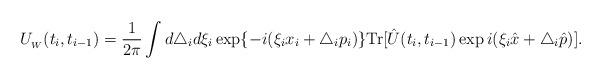
LaTeX: \begin{align*} U_{_W}(t_i,t_{i-1}) = \frac{1}{2\pi }\int d\triangle _i d\xi _i\exp\{-i(\xi _i x_i+\triangle _ip_i)\} \textrm{Tr}[\hat{U}(t_i,t_{i-1})\exp i(\xi _i \hat{x}+\triangle _i\hat{p})].\end{align*}